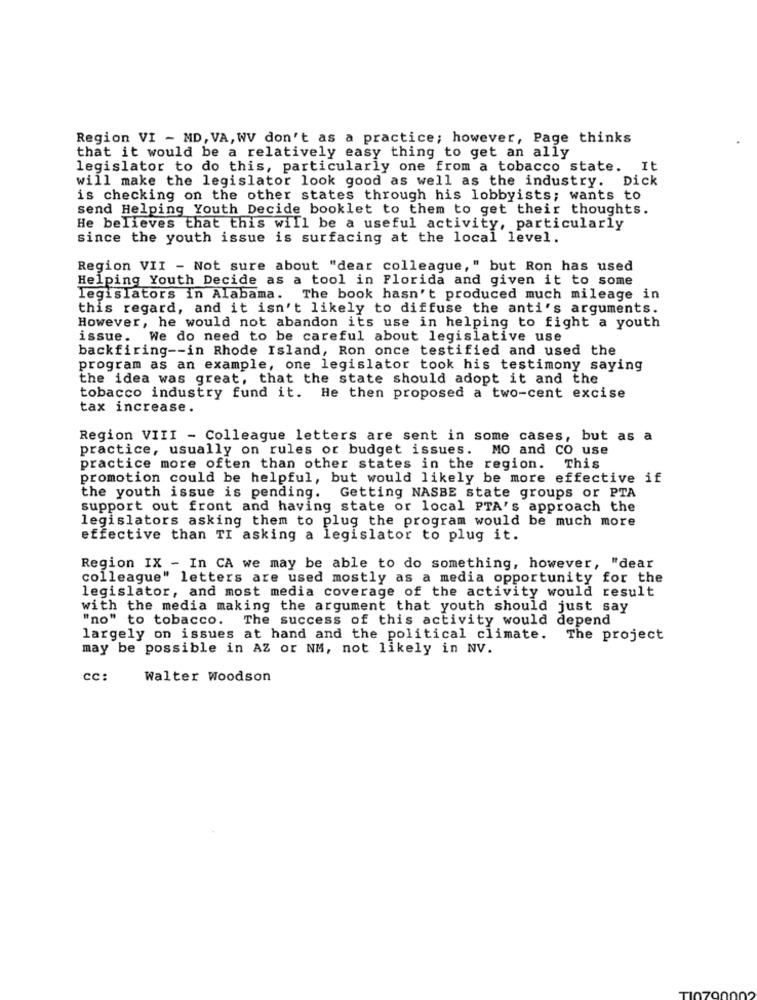
Region VI - MD, VA, WV don't as a practice; however, Page thinks
that it would be a relatively easy thing to get an ally
legislator to do this, particularly one from a tobacco state. It
will make the legislator look good as well as the industry. Dick
is checking on the other states through his lobbyists; wants to
send Helping Youth Decide booklet to them to get their thoughts.
He believes that this will be a useful activity, particularly
since the youth issue is surfacing at the local level.
Region VII - Not sure about "dear colleague," but Ron has used
Helping Youth Decide as a tool in Florida and given it to some
legislators in Alabama. The book hasn't produced much mileage in
this regard, and it isn't likely to diffuse the anti's arguments.
However, he would not abandon its use in helping to fight a youth
issue. We do need to be careful about legislative use
backfiring -- in Rhode Island, Ron once testified and used the
program as an example, one legislator took his testimony saying
the idea was great, that the state should adopt it and the
tobacco industry fund it. He then proposed a two-cent excise
tax increase.
Region VIII - Colleague letters are sent in some cases, but as a
practice, usually on rules or budget issues.
MO and CO use
practice more often than other states in the region. This
promotion could be helpful, but would likely be more effective if
the youth issue is pending. Getting NASBE state groups or PTA
support out front and having state or local PTA's approach the
legislators asking them to plug the program would be much more
effective than TI asking a legislator to plug it.
Region IX - In CA we may be able to do something, however, "dear
colleague" letters are used mostly as a media opportunity for the
legislator, and most media coverage of the activity would result
with the media making the argument that youth should just say
"no" to tobacco. The success of this activity would depend
largely on issues at hand and the political climate. The project
may be possible in AZ or NM, not likely in NV.
cc:
Walter Woodson